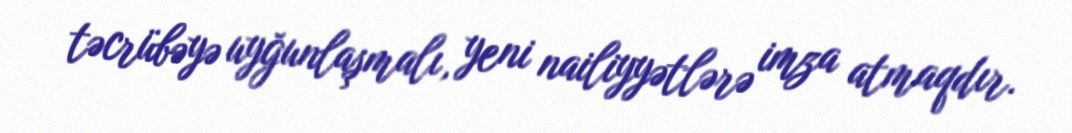
təcrübəyə uyğunlaşmalı, yeni nailiyyətlərə imza atmaqdır.